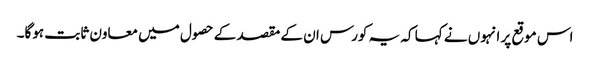
اس موقع پر انہوں نے کہا کہ یہ کورس ان کے مقصد کے حصول میں معاون ثابت ہوگا۔